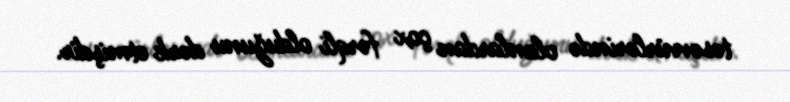
təsəvvürlərində olanlardan çox fərqli olduğunu dərk etmişdir.